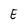
Character: E